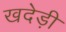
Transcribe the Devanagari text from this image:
खदेड़ी